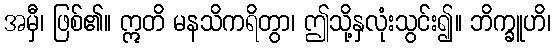
အမှီ၊ ဖြစ်၏။ ဣတိ မနသိကရိတွာ၊ ဤသို့နှလုံးသွင်း၍။ ဘိက္ခူဟိ၊